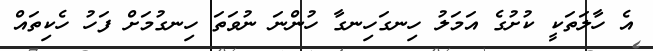
އެ ހާލަތަކީ ކުށުގެ އަމަލު ހިނގަހިނގާ ހުންނަ ނުވަތަ ހިނގުމަށް ފަހު ހެކިތައް